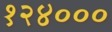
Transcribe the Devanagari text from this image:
१२४०००